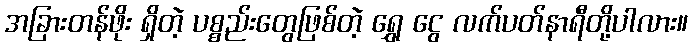
အခြားတန်ဖိုး ရှိတဲ့ ပစ္စည်းတွေဖြစ်တဲ့ ရွှေ ငွေ လက်ပတ်နာရီတို့ပါလား။